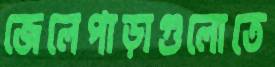
জেলেপাড়াগুলোতে